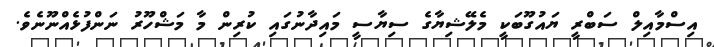
އިސްމާއިލް ސަބްރީ ޔައުގޫބަކީ މެލޭޝިޔާގެ ސިޔާސީ މައިދާނުގައި ކުރިން މާ މަޝްހޫރު ނަންފުޅެއްނޫނެވެ.